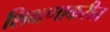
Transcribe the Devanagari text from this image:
शिक्षणाकरीत